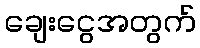
ချေးငွေအတွက်